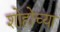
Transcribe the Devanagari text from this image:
शोहोच्या